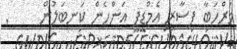
މަރްހަބާ ފިސާރި އެމްޑީޕީ އަންހެން ކަނބަލުން